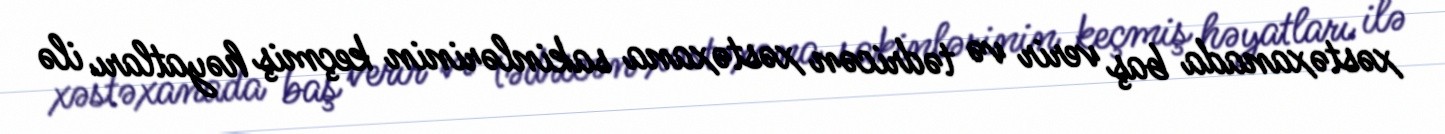
xəstəxanada baş verir və tədricən xəstəxana sakinlərinin keçmiş həyatları ilə